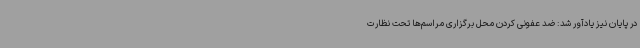
در پایان نیز یادآور شد: ضد عفونی کردن محل برگزاری مراسم‌ها تحت نظارت